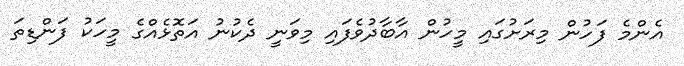
އެންމެ ފަހުން މިރަށުގައި މީހުން އާބާދުވެފައި މިވަނީ ދެކުނު އަތޮޅެއްގެ މީހަކު ފަންޑިތަ